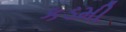
કડમી